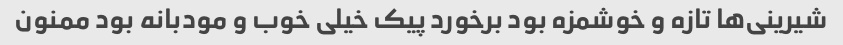
شیرینی‌ها تازه و خوشمزه بود برخورد پیک خیلی خوب و مودبانه بود ممنون